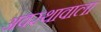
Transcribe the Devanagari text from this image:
अवस्थावाला